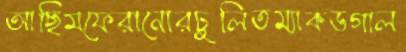
আছিমফেরানোরঢুলিতম্যাকডগাল